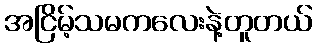
အငြိမ့်သမကလေးနဲ့တူတယ်